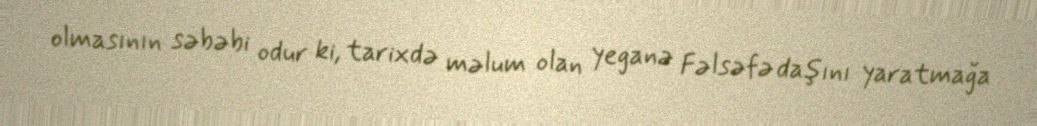
olmasının səbəbi odur ki, tarixdə məlum olan yeganə Fəlsəfə daşını yaratmağa